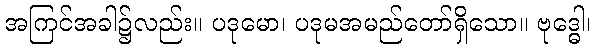
အကြင်အခါ၌လည်း။ ပဒုမော၊ ပဒုမအမည်တော်ရှိသော။ ဗုဒ္ဓေါ၊